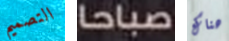
التصميم صباحا هناك